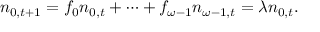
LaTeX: n _ { 0 , t + 1 } = f _ { 0 } n _ { 0 , t } + \cdots + f _ { \omega - 1 } n _ { \omega - 1 , t } = \lambda n _ { 0 , t } .